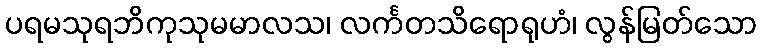
ပရမသုရဘိကုသုမမာလသ၊ လင်္ကတသိရောရုဟံ၊ လွန်မြတ်သော